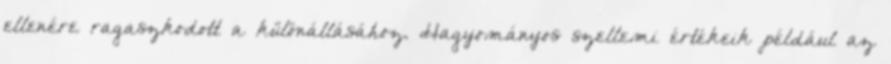
ellenére ragaszkodott a különállásához. Hagyományos szellemi értékeik például az